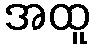
အထူ